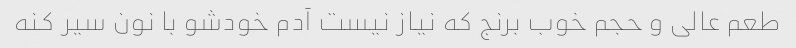
طعم عالی و حجم خوب برنج که نیاز نیست آدم خودشو با نون سیر کنه